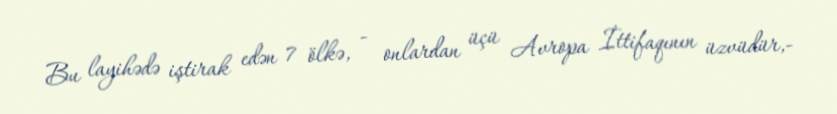
Bu layihədə iştirak edən 7 ölkə, - onlardan üçü Avropa İttifaqının üzvüdür,-